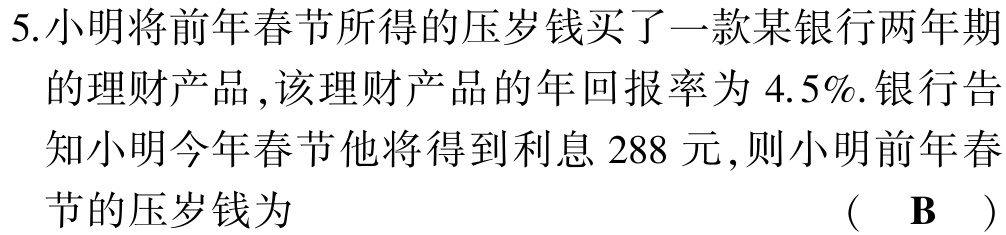
5.小明将前年春节所得的压岁钱买了一款某银行两年期

的理财产品 ,该理财产品的年回报率为$4.5\%$.银行告

知小明今年春节他将得到利息$288$元 ,则小明前年春

节的压岁钱为  （  $\mathbf{B}$  ）